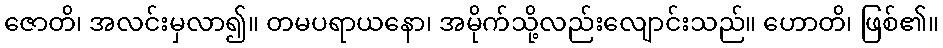
ဇောတိ၊ အလင်းမှလာ၍။ တမပရာယနော၊ အမိုက်သို့လည်းလျောင်းသည်။ ဟောတိ၊ ဖြစ်၏။